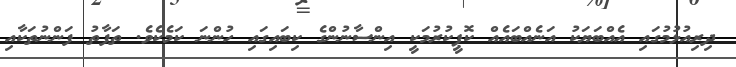
ދިރިއުޅުމުގައި އެއްބަޔަކު އަނެއްބައެއް ކޮޕީކުރުމަކީ އިންސާނުންގެ ކިބައިގައި ހުންނަ ކަމެކެވެ. ތަފާތު ފަންނުތަކާއި